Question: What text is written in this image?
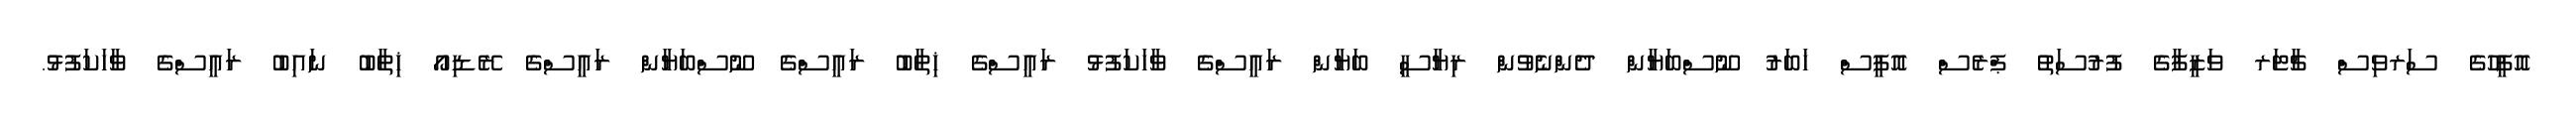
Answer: އޮފީހުގެ ސަރވިސް ޗާޓަރ ވަޒީފާގެ ފުރުސަތު ޕްރެސް އޮފީސް ޚަބަރު ނޫސްބަޔާން ދެންނެވުން ރިޔާސީ ބަޔާން ރައީސްގެ ވާހަކަފުޅު ރައީސްގެ ޚިތާބު ރައީސްގެ ނޫސްބަޔާން ރައީސްގެ ރޭޑިއޯ ޚިތާބު ނައިބު ރައީސްގެ ވާހަކަފުޅު.